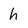
Character: h